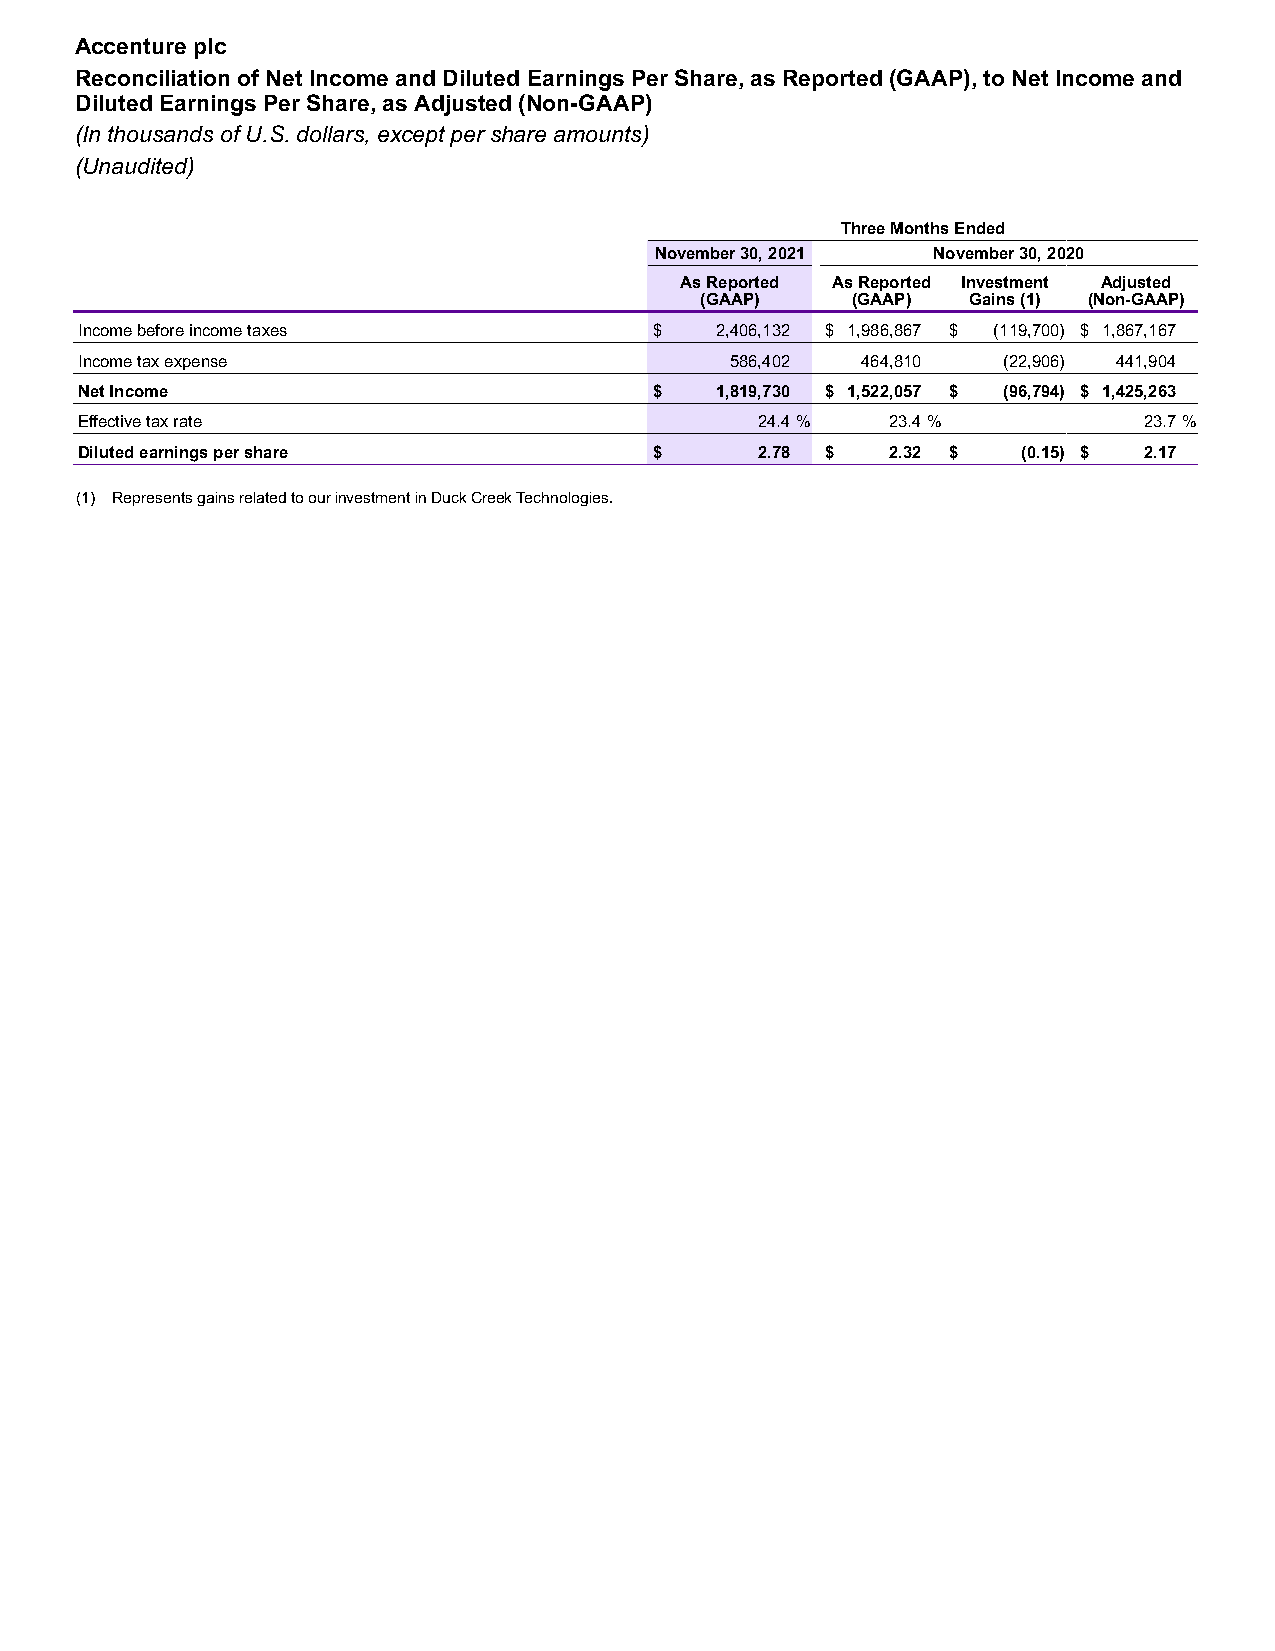
Accenture plc
 Reconciliation of Net Income and Diluted Earnings Per Share, as Reported (GAAP), to Net Income and
 Diluted Earnings Per Share, as Adjusted (Non-GAAP)
 (In thousands of U.S. dollars, except per share amounts)
 (Unaudited)
 Three Months Ended
 November 30, 2021  November 30, 2020
 As Reported As Reported Investment Adjusted
 (GAAP)    (GAAP)  Gains (1) (Non-GAAP)
 Income before income taxes            $   2,406,132 $ 1,986,867 $ (119,700) $ 1,867,167
 Income tax expense                         586,402  464,810  (22,906) 441,904
 Net Income                            $   1,819,730 $ 1,522,057 $ (96,794) $ 1,425,263
 Effective tax rate                           24.4 %   23.4 %           23.7 %
 Diluted earnings per share            $      2.78 $   2.32 $   (0.15) $ 2.17
 (1) Represents gains related to our investment in Duck Creek Technologies.